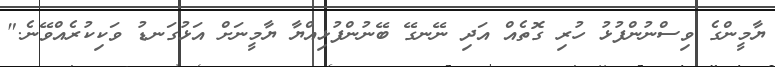
ޔާމީންގެ ވިސްނުންފުޅު ހުރި ގޮތެއް އަދި ނޭނގޭ ބޭނުންފުޅިއްޔާ ޔާމީނަށް އަޅުގަނޑު ވަކިކުރެއްވޭނެ."